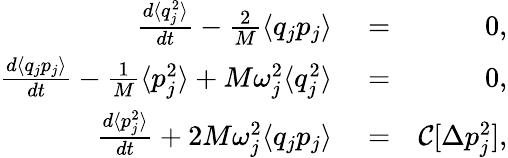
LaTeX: \begin{array}{rlr}{\frac{d\langle q_{j}^{2}\rangle}{dt}-\frac{2}{M}\langle q_{j}p_{j}\rangle}&{{}=}&{0,}\\ {\frac{d\langle q_{j}p_{j}\rangle}{dt}-\frac{1}{M}\langle p_{j}^{2}\rangle+M\omega_{j}^{2}\langle q_{j}^{2}\rangle}&{{}=}&{0,}\\ {\frac{d\langle p_{j}^{2}\rangle}{dt}+2M\omega_{j}^{2}\langle q_{j}p_{j}\rangle}&{{}=}&{\mathcal{C}[\Delta p_{j}^{2}],}\end{array}